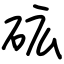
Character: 砿